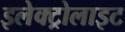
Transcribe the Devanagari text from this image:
इलेक्‍ट्रोलाइट